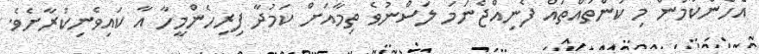
އެހެންކަމުން މި ކަންތައްތައް ފެނިއްޖެނަމަ ލަސްނުވެ ތިމާއަށް ކަމުދާ ފިރިހެންމީހާ އާ ކައިވެނިކުރާށެވެ.